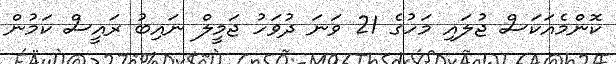
ކޮންމެއަކަސް ޖުލައި މަހުގެ 21 ވަނަ ދުވަހު ޖަމީލް ނައިބު ރައީސް ކަމުން